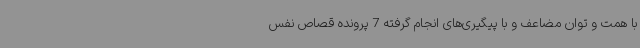
با همت و توان مضاعف و با پیگیری‌های انجام گرفته 7 پرونده قصاص نفس